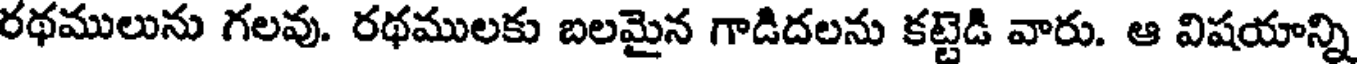
రథములును గలవు. రథములకు బలమైన గాడిదలను కట్టెడి వారు. ఆ విషయాన్ని